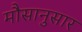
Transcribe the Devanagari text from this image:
मौसानुसार